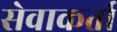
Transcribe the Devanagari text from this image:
सेवाकर्ता